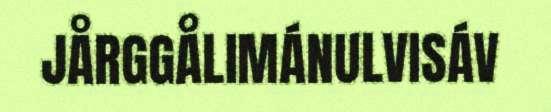
JÅRGGÅLIMÁNULVISÁV